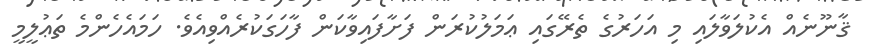
ޤާނޫނެއް އެކުލަވާލައި މި އަހަރުގެ ތެރޭގައި ޢަމަލުކުރަން ފަށާފައިވާކަން ފާހަގަކުރެއްވިއެވެ. ހަމައެހެންމެ ތަޢުލީމީ